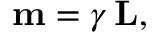
\mathbf { m } = \gamma \, \mathbf { L } ,